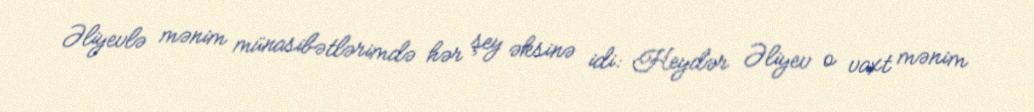
Əliyevlə mənim münasibətlərimdə hər şey əksinə idi: Heydər Əliyev o vaxt mənim